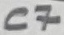
Text: C7